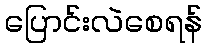
ပြောင်းလဲစေရန်